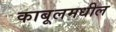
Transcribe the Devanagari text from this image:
काबूलमधील